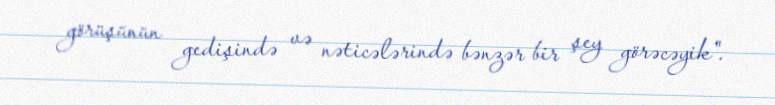
görüşünün gedişində və nəticələrində bənzər bir şey görəcəyik".